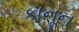
કાનૂન